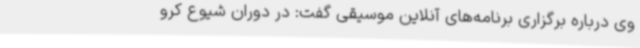
وی درباره برگزاری برنامه‌های آنلاین موسیقی گفت: در دوران شیوع کرو